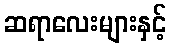
ဆရာလေးများနှင့်